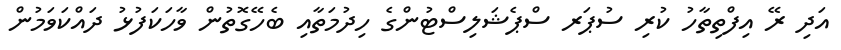
އަދި ރޭ އިފްތިތާހު ކުރި ސުޕަރ ސްޕެޝަލިސްޓުންގެ ހިދުމަތާއި ބެހޭގޮތުން ވާހަކަފުޅު ދައްކަވަމުން